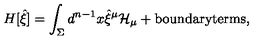
H [ { \hat { \xi } } ] = \int _ { \Sigma } d ^ { n - 1 } x { \hat { \xi } } ^ { \mu } { \cal H } _ { \mu } + \mathrm { \em b o u n d a r y t e r m s } ,